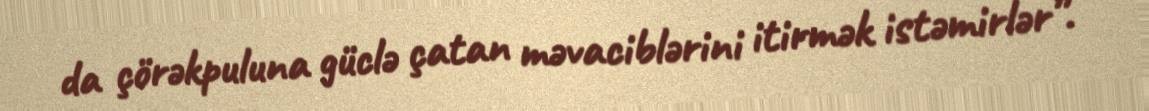
da çörəkpuluna güclə çatan məvaciblərini itirmək istəmirlər”.